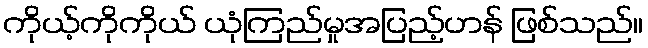
ကိုယ့်ကိုကိုယ် ယုံကြည်မှုအပြည့်ဟန် ဖြစ်သည်။